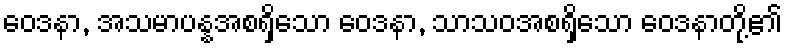
ဝေဒနာ, အသမာပန္နအစရှိသော ဝေဒနာ, သာသဝအစရှိသော ဝေဒနာတို့၏